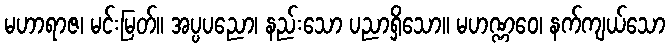
မဟာရာဇ၊ မင်းမြတ်။ အပ္ပပညော၊ နည်းသော ပညာရှိသော။ မဟဏ္ဏဝေ၊ နက်ကျယ်သော